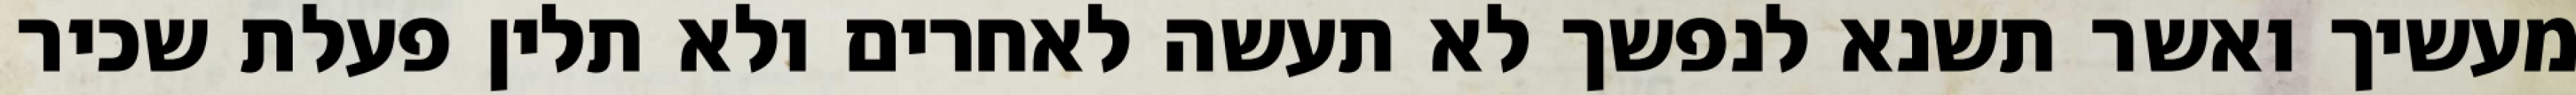
מעשיך ואשר תשנא לנפשך לא תעשה לאחרים ולא תלין פעלת שכיר